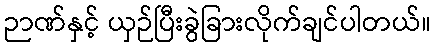
ဉာဏ်နှင့် ယှဉ်ပြီးခွဲခြားလိုက်ချင်ပါတယ်။